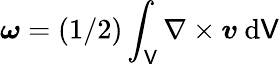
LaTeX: \boldsymbol{\omega}=(1/2)\int_{\mathsf{V}}\nabla\times\boldsymbol{v}\ \mathrm{{d}}\mathsf{V}